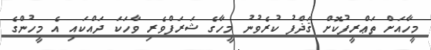
މީހާއަށް ތަޢްރީފުކޮށް ޤަޛްފު ކުރެވުނު މީހާގެ ޝަރަފްވެރި ވާހަކަ ދައްކައި އެ މީހުންގެ